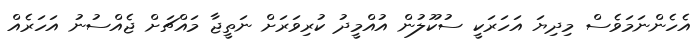
އެހެންނަމަވެސް މިދިޔަ އަހަރަކީ ސުކޫލުން އުއްމީދު ކުރިވަރަށް ނަތީޖާ މައްޗަށް ޖެއްސުނު އަހަރެއް